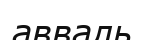
авваль